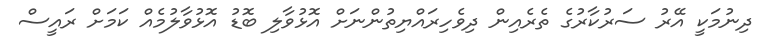
ދިނުމަކީ އޭރު ސަރުކާރުގެ ތެރެއިން ދިވެހިރައްޔިތުންނަށް އޮޅުވާލި ބޮޑު އޮޅުވާލުމެއް ކަމަށް ރައީސް